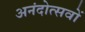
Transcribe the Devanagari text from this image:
अनंदोत्सवों